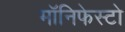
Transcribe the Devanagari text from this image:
मॉनिफेस्टो